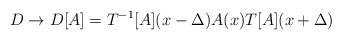
LaTeX: \begin{align*}D\rightarrow D[A]=T^{-1}[A](x-\Delta )A(x)T[A](x+\Delta )\end{align*}